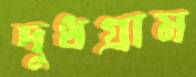
দুধগ্রাম